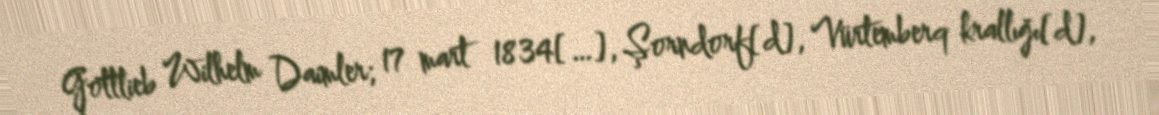
Gottlieb Wilhelm Daimler; 17 mart 1834[…], Şorndorf[d], Vürtemberq krallığı[d],